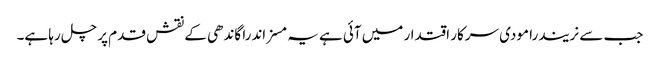
جب سے نریندرا مودی سرکار اقتدار میں آئی ہے یہ مسز اندرا گاندھی کے نقش قدم پر چل رہا ہے۔